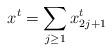
LaTeX: \begin{align*} x^t = \sum_{j\geq 1} x_{2j+1}^t\end{align*}